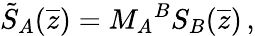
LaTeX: \tilde{S}_{A}(\overline{{{z}}})={M_{A}}^{B}S_{B}(\overline{{{z}}})\, ,